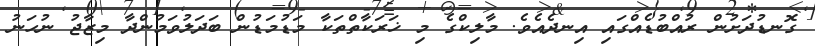
ގޮނޑުދަށުން ރުއްބުޑެއްގައި އިނދެއެވެ. މާލިކްގެ މި ޚަރަކާތްތަކާ މަޑުމަޑުން ބަދަލުވަމުންދާ މިޒާޖު ނުހަނު